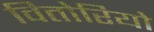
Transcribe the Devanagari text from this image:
वितोरियो